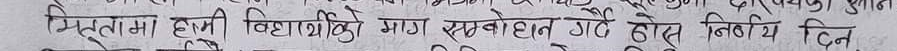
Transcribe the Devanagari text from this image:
मृत्युमा हामी विद्यार्थीको माग सम्बोधन नभए निर्णय दिन